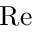
\mathrm { R e }